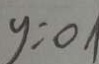
y = 0